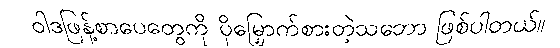
ဝါဒဖြန့်စာပေတွေကို ပိုမြှောက်စားတဲ့သဘော ဖြစ်ပါတယ်။